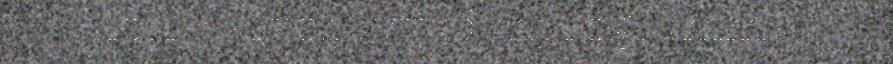
sierra árvobuvttadanprográmma